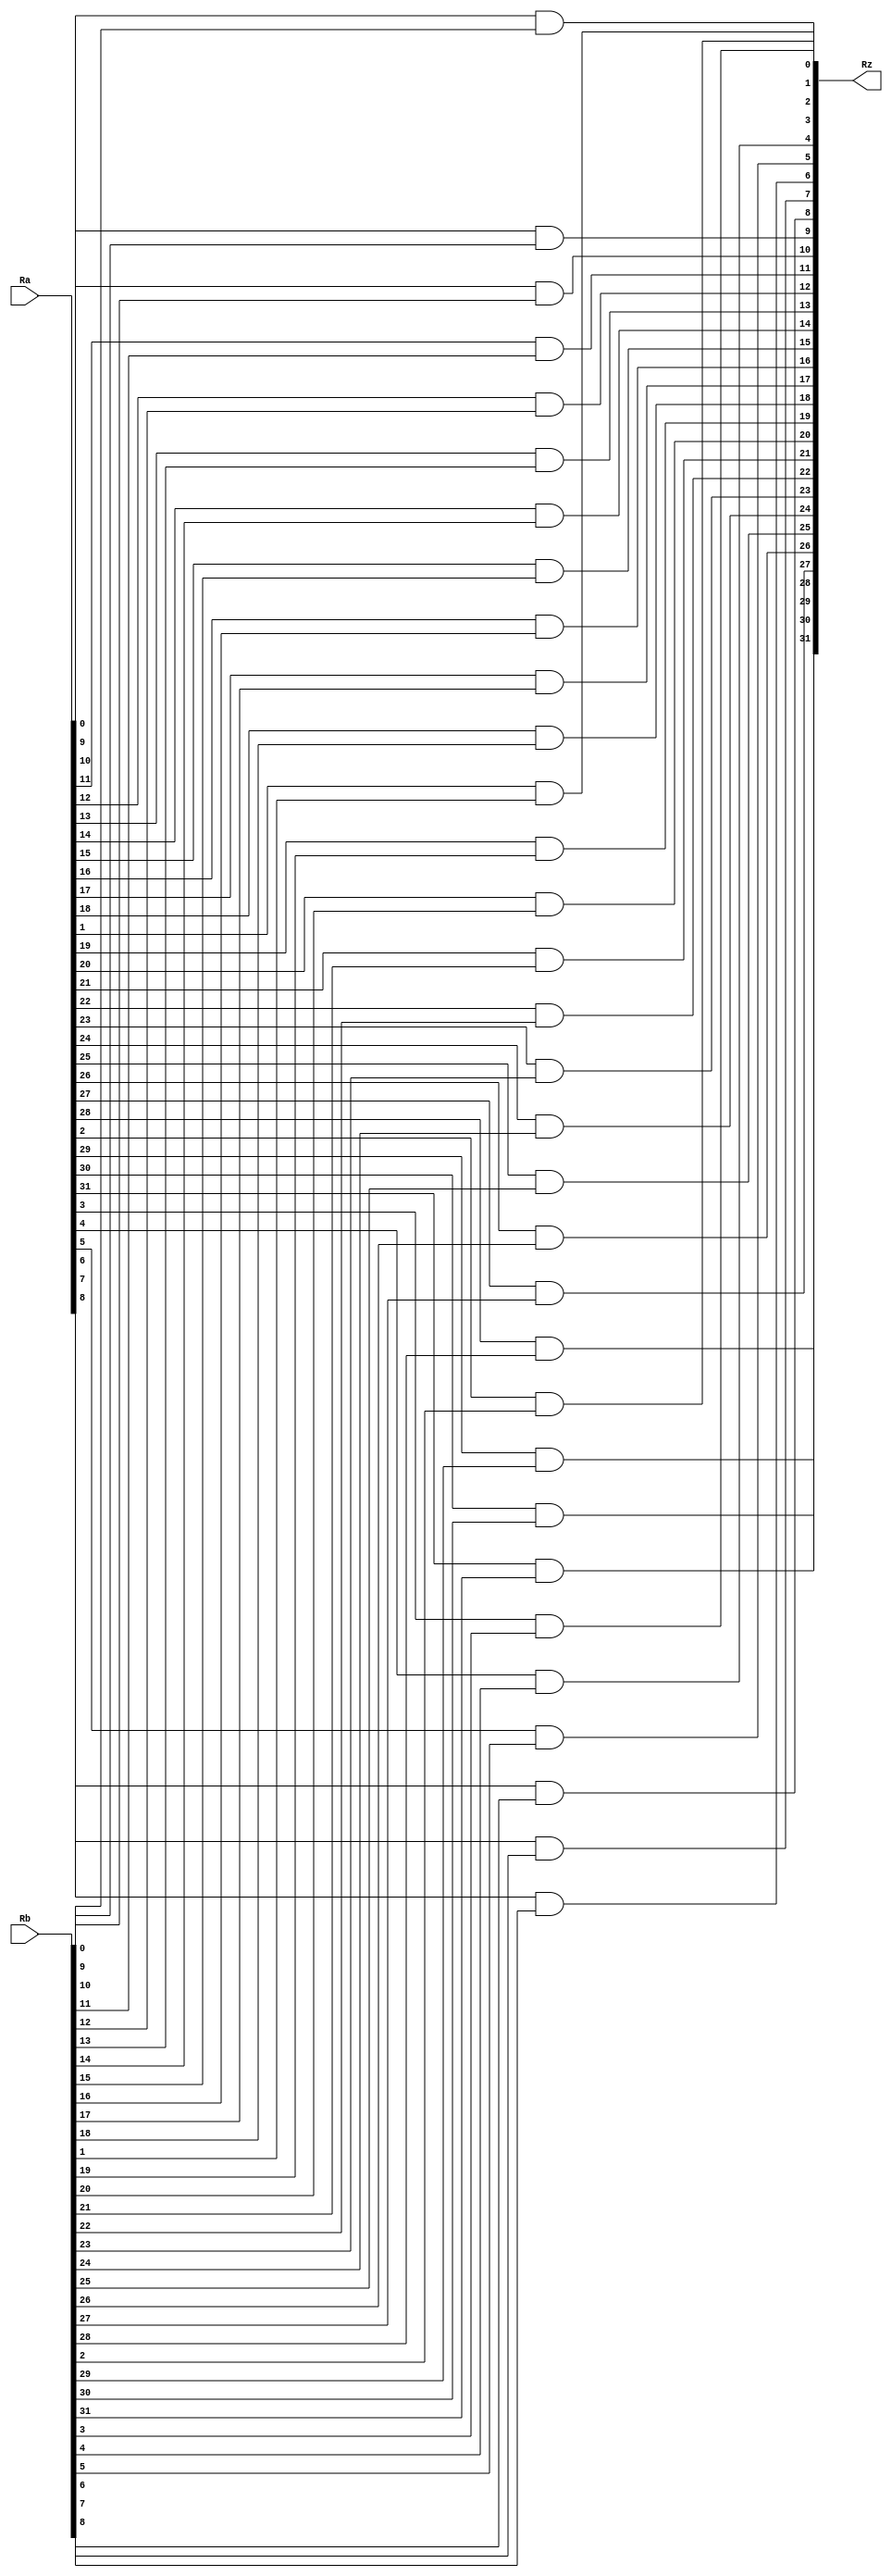


`timescale 1ns / 1ps
module AND(input wire [31:0] Ra, input wire [31:0] Rb, output wire [31:0] Rz);
	genvar i;
	generate
		for (i=0; i<32;i=i+1) begin : loop
			assign Rz[i] = ((Ra[i])&(Rb[i]));
		end
	endgenerate
endmodule



//Testbench
module AND_32bit_tb;
	reg [31:0] x,y;
	wire [31:0] z;
	 
	initial begin
	  x=0; y=0;
	  #10 x=32'h00000000; 	y=32'hABCD1234; 	// z=32'h00000000
	  #10 x=32'hAAAAAAAA; 	y=32'h55555555; 	// z=32'h00000000
	  #10 x=32'hFFFFFFFF; 	y=32'hABCD1234; 	// z=32'hABCD1234
	  #10 x=32'h00000037; 	y=32'h00000073; 	// z=32'h00000033
	end
	
	AND and_op(.Ra(x), .Rb(y),.Rz(z));
	
	initial
	  $monitor( "X=%h, Y=%h, Z= %h", x,y,z);

endmodule